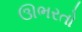
ઊભરતો